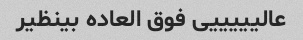
عالیییییی فوق العاده بینظیر